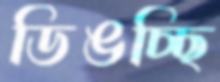
ডিঙচ্ছি